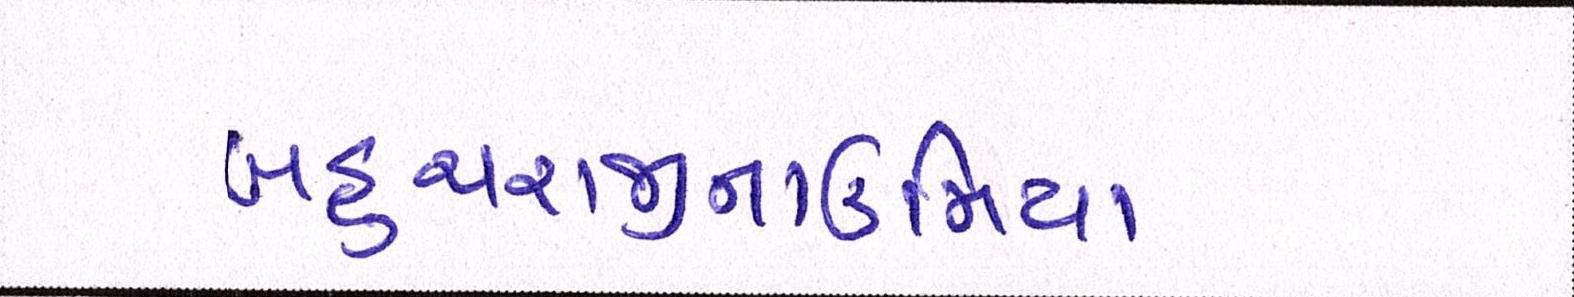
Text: બહુચરાજીનાઉમિયા